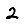
Digit: 2